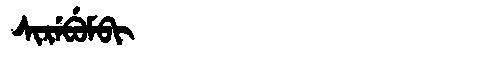
Manchu: ᠰᡳᡵᡝᠪᡠᠮᠪᡳ
Romanization: SIREBUMBI